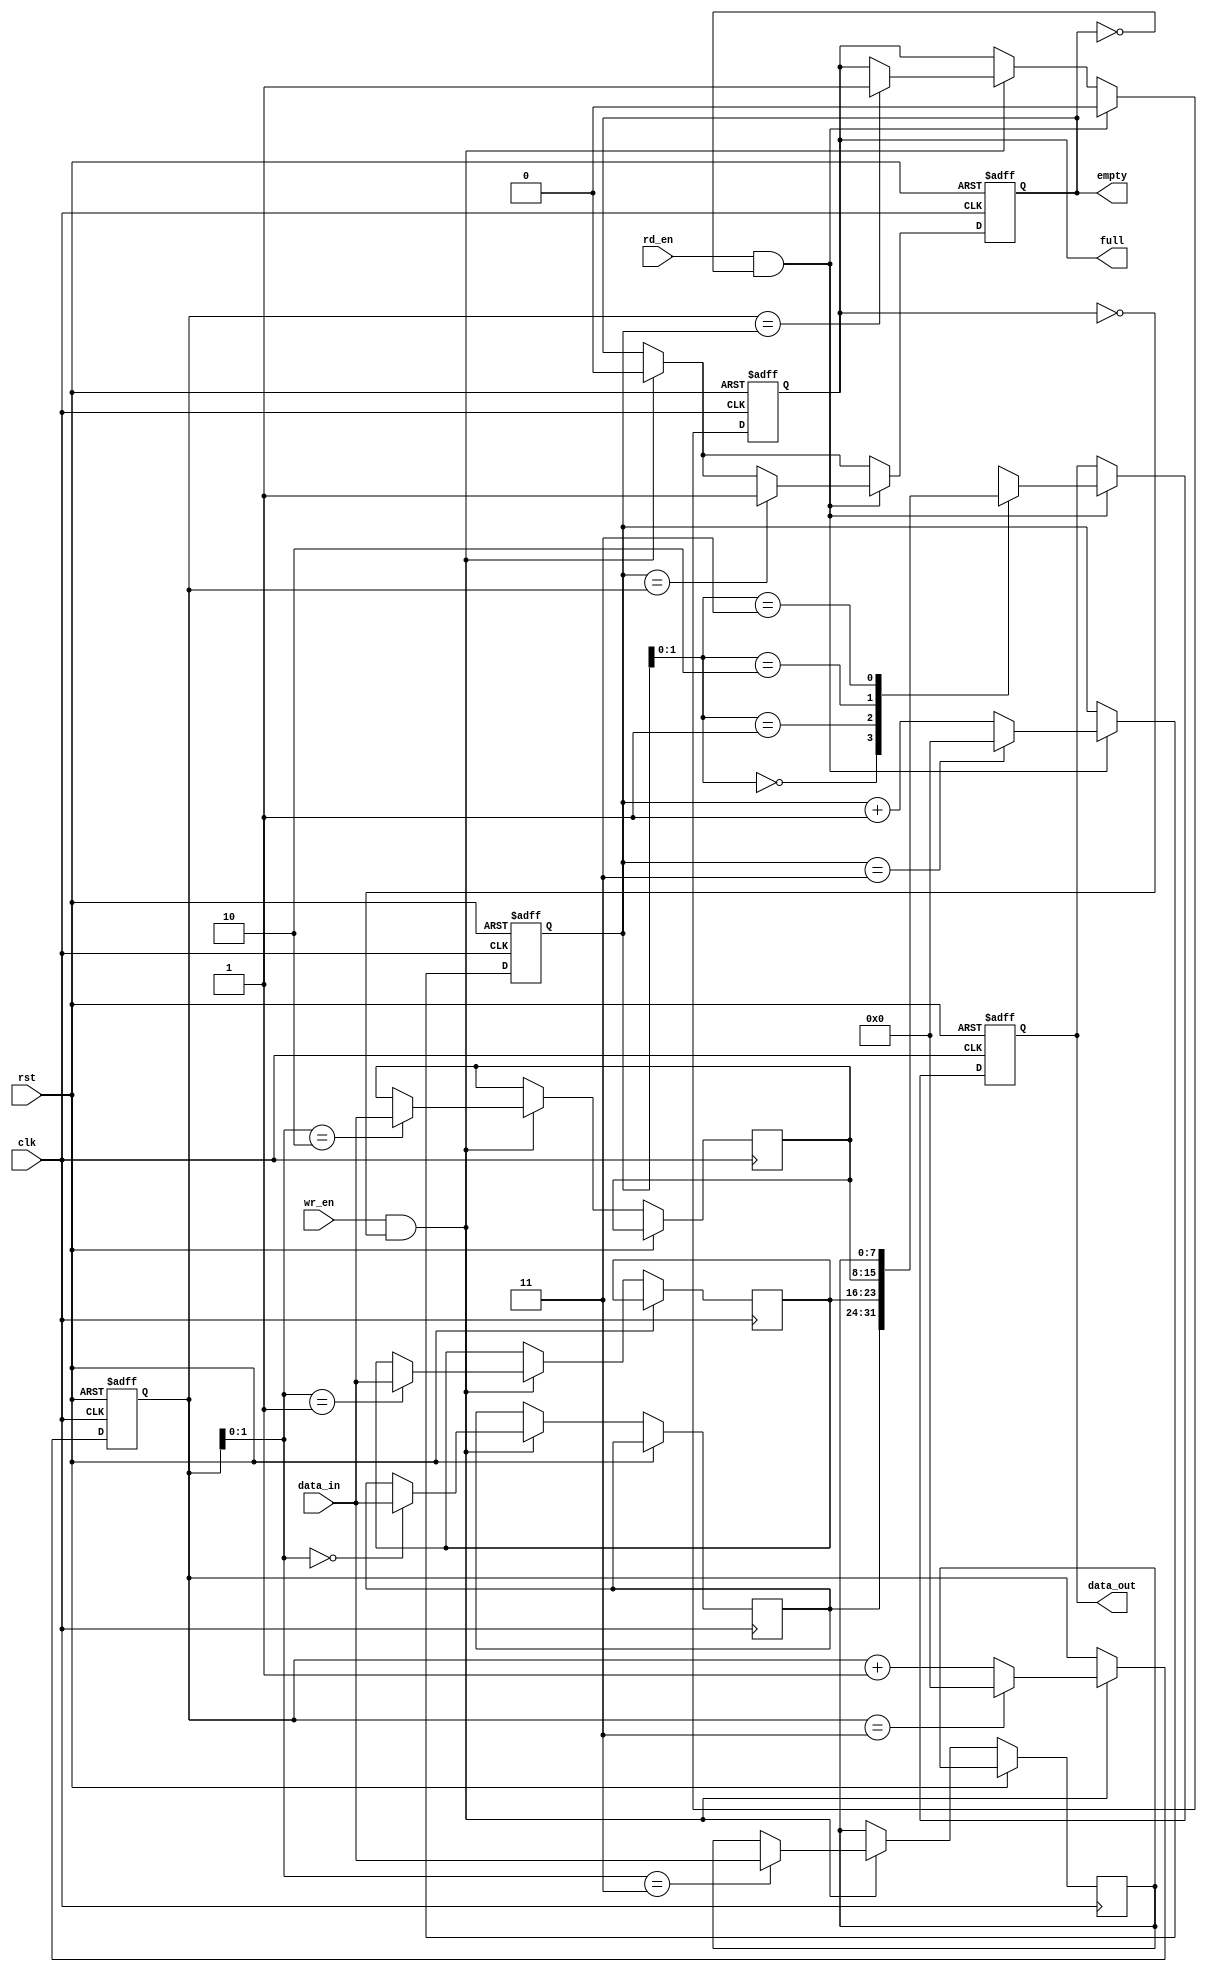
module synchronous_fifo (
  input clk,
  input rst,
  input wr_en,
  input rd_en,
  input [7:0] data_in,
  output reg [7:0] data_out,
  output reg full,
  output reg empty
);

parameter WORD_WIDTH = 8;
parameter DEPTH = 4;

reg [WORD_WIDTH-1:0] memory [DEPTH-1:0];
reg [DEPTH-1:0] wr_ptr, rd_ptr;

always @(posedge clk or posedge rst) begin
  if (rst) begin
    wr_ptr <= 0;
    rd_ptr <= 0;
    full <= 0;
    empty <= 1;
    data_out <= 0;
  end else begin
    if (wr_en && !full) begin
      memory[wr_ptr] <= data_in;
      wr_ptr <= (wr_ptr == DEPTH-1) ? 0 : wr_ptr + 1;
      empty <= 0;
      if (wr_ptr == rd_ptr)
        full <= 1;
    end
    
    if (rd_en && !empty) begin
      data_out <= memory[rd_ptr];
      rd_ptr <= (rd_ptr == DEPTH-1) ? 0 : rd_ptr + 1;
      full <= 0;
      if (rd_ptr == wr_ptr)
        empty <= 1;
    end
  end
end

endmodule